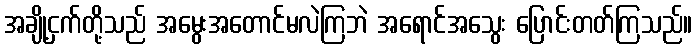
အချို့ငှက်တို့သည် အမွေးအတောင်မလဲကြဘဲ အရောင်အသွေး ပြောင်းတတ်ကြသည်။